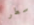
سطر